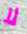
لا